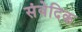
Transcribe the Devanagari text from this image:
संवेदिक